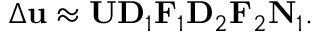
\Delta \mathbf { u } \approx \mathbf { U } \mathbf { D } _ { 1 } \mathbf { F } _ { 1 } \mathbf { D } _ { 2 } \mathbf { F } _ { 2 } \mathbf { N } _ { 1 } .